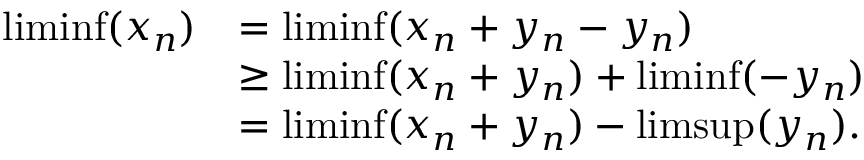
\begin{array} { r l } { \operatorname* { l i m i n f } ( x _ { n } ) } & { = \operatorname* { l i m i n f } ( x _ { n } + y _ { n } - y _ { n } ) } \\ & { \ge \operatorname* { l i m i n f } ( x _ { n } + y _ { n } ) + \operatorname* { l i m i n f } ( - y _ { n } ) } \\ & { = \operatorname* { l i m i n f } ( x _ { n } + y _ { n } ) - \operatorname* { l i m s u p } ( y _ { n } ) . } \end{array}